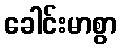
ခေါင်းမာစွာ